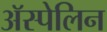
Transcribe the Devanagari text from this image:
अॅस्पेलिन